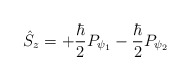
\begin{align*}\hat {S}_z=+\frac {\hbar}2P_{\psi_1}-\frac {\hbar}2P_{\psi_2}\end{align*}